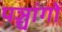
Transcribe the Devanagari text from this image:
पञ्चांगाें